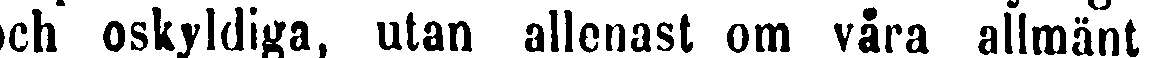
och oskyldiga, utan allenast om våra allmänt